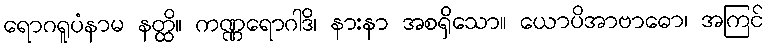
ရောဂရူပံနာမ နတ္ထိ။ ကဏ္ဏရောဂါဒိ၊ နားနာ အစရှိသော။ ယောပိအာဗာဓော၊ အကြင်